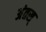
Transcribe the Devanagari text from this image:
अंतस्‌